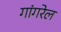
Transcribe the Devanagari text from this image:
गांगरेल